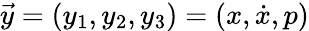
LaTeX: \vec{y}=\left(y_{1},y_{2},y_{3}\right)=\left(x,\dot{x},p\right)